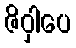
ဇိဝှါပေ